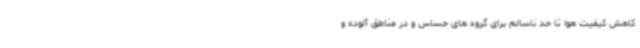
کاهش کیفیت هوا تا حد ناسالم برای گروه های حساس و در مناطق آلوده و